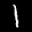
Label: 1